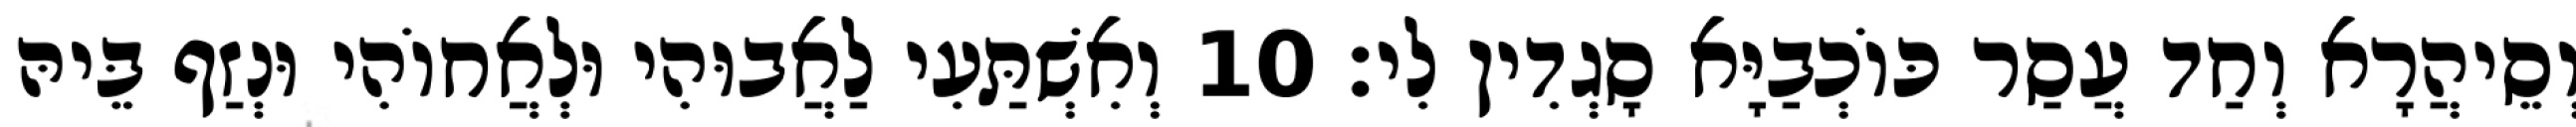
וְסֵיהֲרָא וְחַד עֲסַר כּוֹכְבַיָּא סָגְדִין לִי׃ 10 וְאִשְׁתַּעִי לַאֲבוּהִי וּלְאֲחוֹהִי וּנְזַף בֵּיהּ